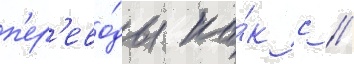
п'ер'ево́ды ка́к с //